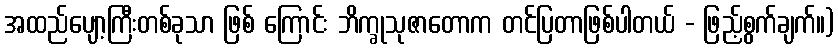
အထည်ပျော့ကြီးတစ်ခုသာ ဖြစ် ကြောင်း ဘိက္ခုသုဇာတောက တင်ပြတာဖြစ်ပါတယ် - ဖြည့်စွက်ချက်။)